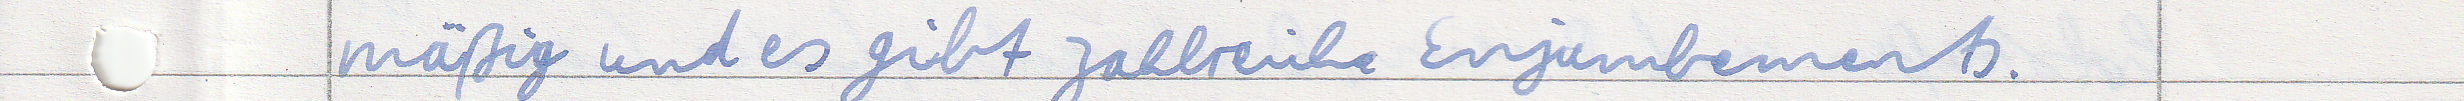
mäßig und es gibt zahlreiche Enjambements.